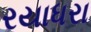
રયાધરા